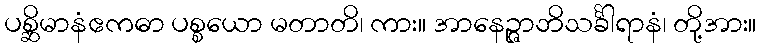
ပစ္ဆိမာနံဧကဓာ ပစ္စယော မတာတိ၊ ကား။ အာနေဉ္ဇာဘိသင်္ခါရာနံ၊ တို့အား။